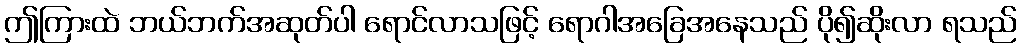
ဤကြားထဲ ဘယ်ဘက်အဆုတ်ပါ ရောင်လာသဖြင့် ရောဂါအခြေအနေသည် ပို၍ဆိုးလာ ရသည်